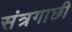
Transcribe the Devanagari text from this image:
संत्रगाछी